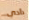
دادي